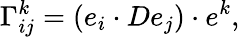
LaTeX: \Gamma_{ij}^{k}=(e_{i}\cdot De_{j})\cdot e^{k},